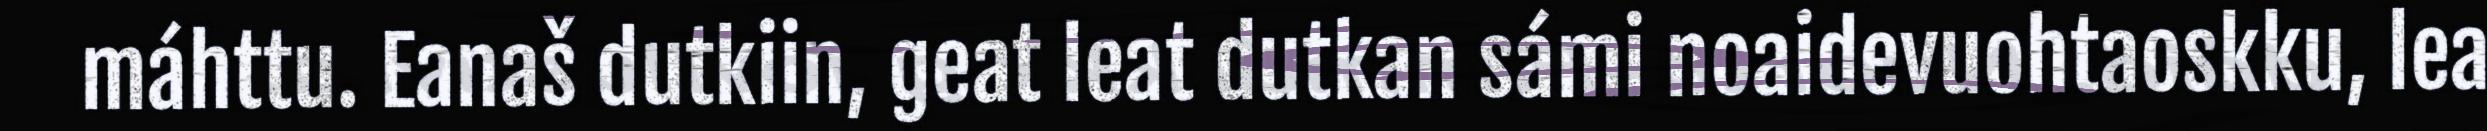
máhttu. Eanaš dutkiin, geat leat dutkan sámi noaidevuohtaoskku, lea